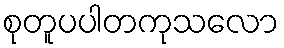
စုတူပပါတကုသလော